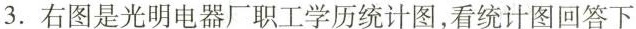
3.右图是光明电器厂职工学历统计图，看统计图回答下